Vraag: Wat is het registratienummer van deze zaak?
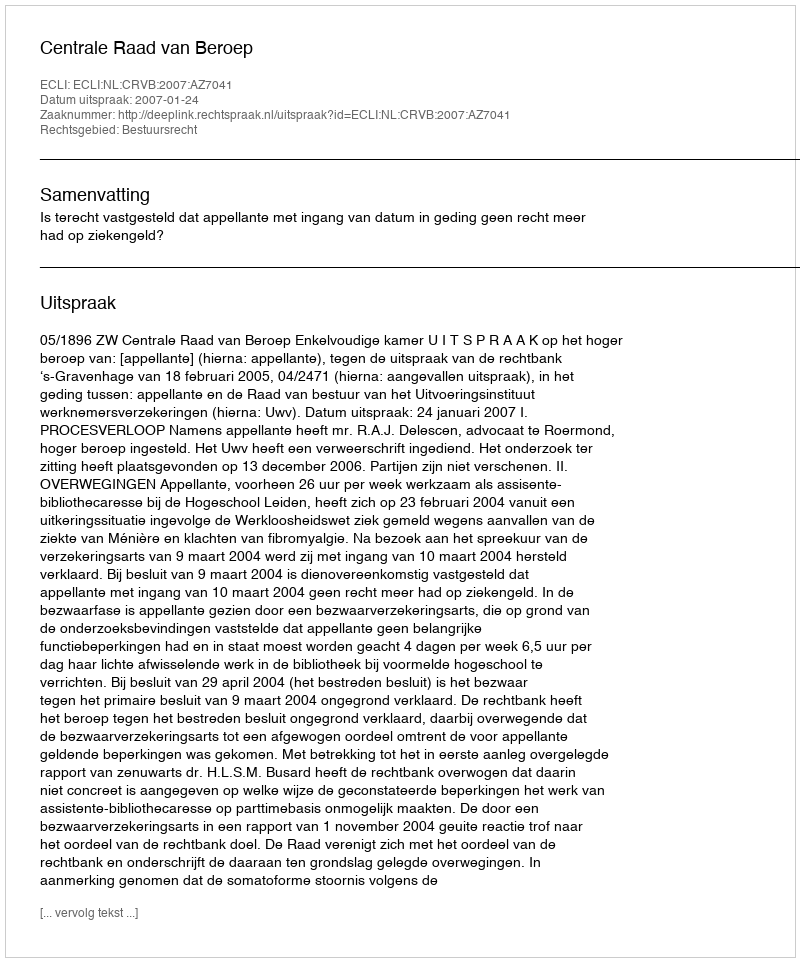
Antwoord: http://deeplink.rechtspraak.nl/uitspraak?id=ECLI:NL:CRVB:2007:AZ7041